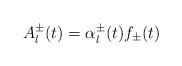
\begin{align*}A^{\pm}_l(t) = \alpha^{\pm}_l(t) f_{\pm}(t)\end{align*}